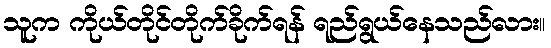
သူက ကိုယ်တိုင်တိုက်ခိုက်ရန် ရည်ရွယ်နေသည်လား။